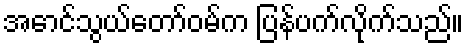
အောင်သွယ်တော်ဝမ်က ပြန်ပက်လိုက်သည်။